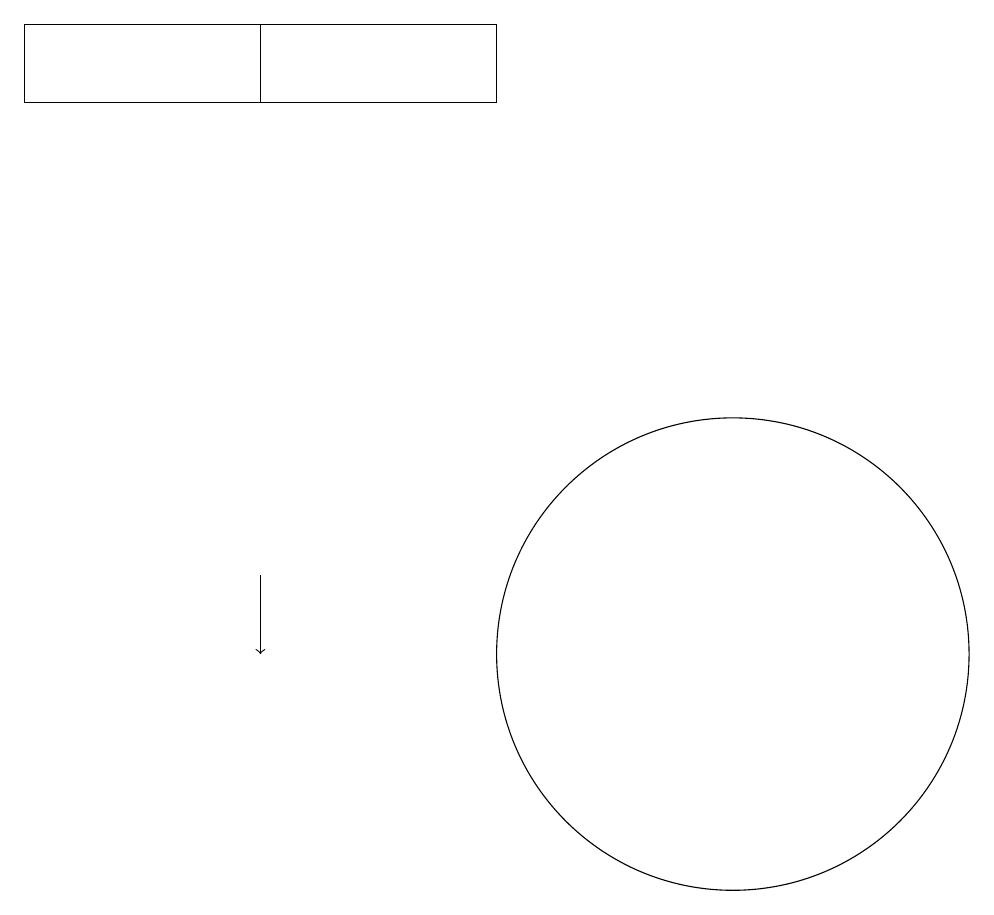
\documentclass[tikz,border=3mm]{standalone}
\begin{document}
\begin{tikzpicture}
\draw (8,18) rectangle (2,19);
\draw (11,11) circle (3);
\draw (5,19) rectangle (2,18);
\draw[->] (5,12) -- (5,11);
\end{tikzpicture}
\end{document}